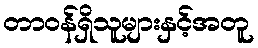
တာဝန်ရှိသူများနှင့်အတူ